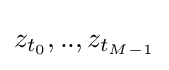
z_{t_{0}},..,z_{t_{M-1}}